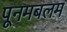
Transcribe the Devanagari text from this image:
पूनमबलम